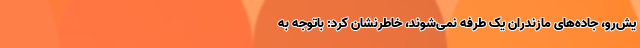
یش‌رو، جاده‌های مازندران یک طرفه نمی‌شوند، خاطرنشان کرد: باتوجه به